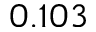
0 . 1 0 3